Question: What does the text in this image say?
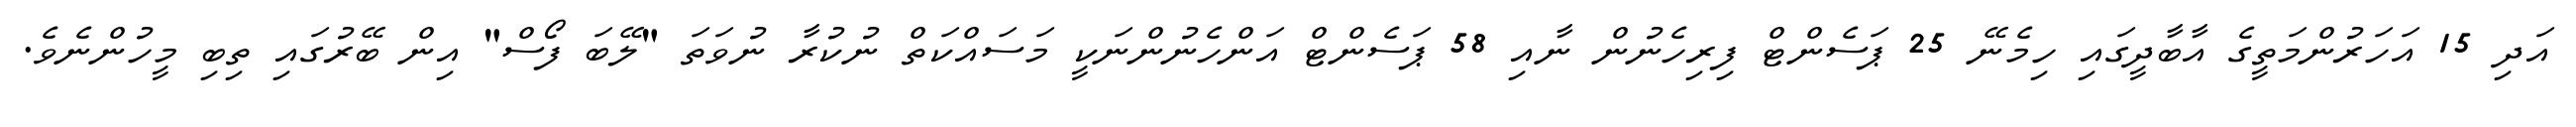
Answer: އަދި 15 އަހަރުންމަތީގެ އާބާދީގައި ހިމެނޭ 25 ޕަސެންޓް ފިރިހެނުން ނާއި 58 ޕަސެންޓް އަންހެނުންނަކީ މަސައްކަތް ނުކުރާ ނުވަތަ "ލޭބަ ފޯސް" އިން ބޭރުގައި ތިބި މީހުންނެވެ.